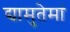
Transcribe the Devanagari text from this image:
द्यामुतेमां